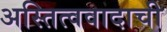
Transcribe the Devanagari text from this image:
अस्तित्ववादाची